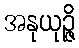
အနုယုဉ္ဇိ